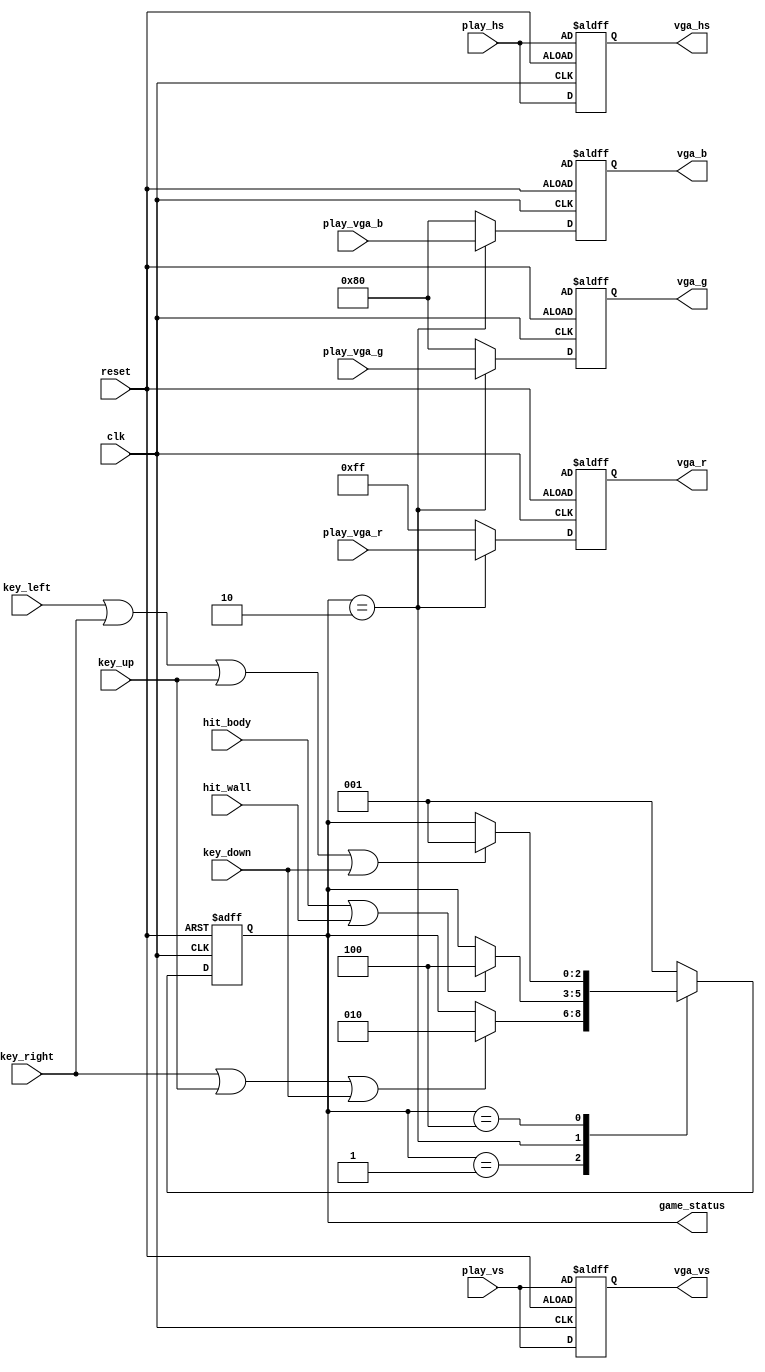
module  gameCtrl(
        input                   clk                     ,
        input                   reset                   ,
        //key
        input                   key_left                ,
        input                   key_right               ,
        input                   key_up                  ,
        input                   key_down                ,
        //
        input                   hit_wall                ,
        input                   hit_body                ,
        //play
        input         [ 7: 0]   play_vga_r              ,
        input         [ 7: 0]   play_vga_g              ,
        input         [ 7: 0]   play_vga_b              ,
        input                   play_hs                 ,
        input                   play_vs                 ,
        //
        output  wire  [ 2: 0]   game_status             ,
        //vga
        output  reg   [ 7: 0]   vga_r                   ,
        output  reg   [ 7: 0]   vga_g                   ,
        output  reg   [ 7: 0]   vga_b                   ,
        output  reg             vga_hs                  ,
        output  reg             vga_vs                
);

localparam  START   =           3'b001                          ;
localparam  PLAY    =           3'b010                          ;
localparam  END     =           3'b100                          ;
reg     [ 2: 0]                 status_c                        ;
reg     [ 2: 0]                 status_n                        ; 

wire    [ 7: 0]                 start_vga_r                     ; 
wire    [ 7: 0]                 start_vga_g                     ;
wire    [ 7: 0]                 start_vga_b                     ;
wire                            start_hs                        ;
wire                            start_vs                        ;

wire    [ 7: 0]                 end_vga_r                       ;
wire    [ 7: 0]                 end_vga_g                       ;
wire    [ 7: 0]                 end_vga_b                       ;
wire                            end_hs                          ;
wire                            end_vs                          ;

wire    [ 7: 0]                 start_data                      ;
wire                            start_rd_en                     ;
wire    [ 7: 0]                 end_data                        ;
wire                            end_rd_en                       ; 

assign	game_status		=		status_c;
//status_c
always@(posedge clk or negedge reset)begin
    if(!reset)begin
        status_c <= START;
    end
    else begin
        status_c <= status_n;
    end
end


//status_n
always@(*)begin
    case(status_c)
        START:begin
            if(key_right||key_up||key_down)begin
                status_n = PLAY;
            end
            else begin
                status_n = status_c;
            end
        end
        PLAY:begin
            if(hit_body||hit_wall)begin
                status_n = END;
            end
            else begin
                status_n = status_c;
            end
        end
        END:begin
            if(key_left||key_right||key_up||key_down)begin
                status_n = START;
            end
            else begin
                status_n = status_c;
            end
        end
        default:begin
            status_n = START;
        end
    endcase
end

always  @(posedge clk or negedge reset)begin
    if(!reset)begin
        vga_r        <=     start_vga_r; 
        vga_g        <=     start_vga_g; 
        vga_b        <=     start_vga_b; 
        vga_hs       <=     play_hs; 
        vga_vs       <=     play_vs; 
    end
    else 
        case(status_c)
            START:begin
                vga_r        <=     8'd255; 
                vga_g        <=     8'd128; 
                vga_b        <=     8'd128; 
                vga_hs       <=     play_hs; 
                vga_vs       <=     play_vs; 
            end
            PLAY:begin
                vga_r        <=     play_vga_r; 
                vga_g        <=     play_vga_g; 
                vga_b        <=     play_vga_b; 
                vga_hs       <=     play_hs; 
                vga_vs       <=     play_vs; 
            end
            END:begin
                vga_r        <=     8'd255; 
                vga_g        <=     8'd128; 
                vga_b        <=     8'd128;
                vga_hs       <=     play_hs; 
                vga_vs       <=     play_vs; 
            end
            default:begin
                vga_r        <=     8'd255; 
                vga_g        <=     8'd128; 
                vga_b        <=     8'd128; 
                vga_hs       <=     play_hs; 
                vga_vs       <=     play_vs; 
            end
        endcase
end

endmodule